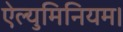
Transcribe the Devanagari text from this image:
ऐल्युमिनियम।